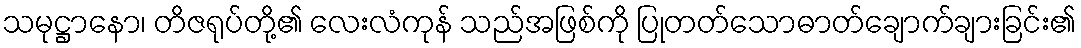
သမုဋ္ဌာနော၊ တိဇရုပ်တို့၏ လေးလံကုန် သည်အဖြစ်ကို ပြုတတ်သောဓာတ်ချောက်ချားခြင်း၏